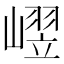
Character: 𪩒